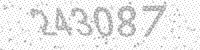
Solution: 243087